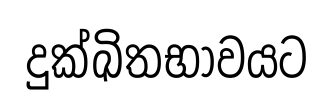
දුක්ඛිතභාවයට